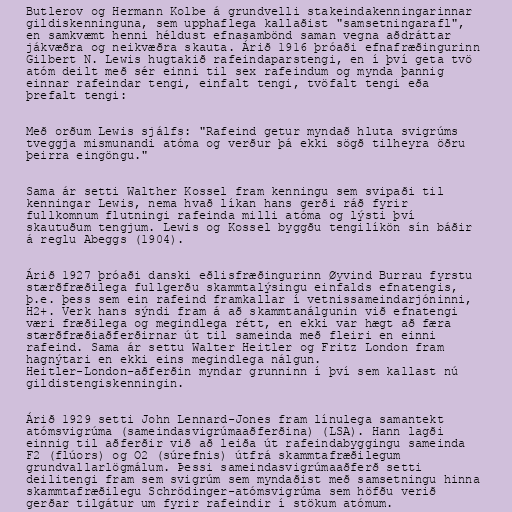
Butlerov og Hermann Kolbe á grundvelli stakeindakenningarinnar
gildiskenninguna, sem upphaflega kallaðist "samsetningarafl",
en samkvæmt henni héldust efnasambönd saman vegna aðdráttar
jákvæðra og neikvæðra skauta. Árið 1916 þróaði efnafræðingurinn
Gilbert N. Lewis hugtakið rafeindaparstengi, en í því geta tvö
atóm deilt með sér einni til sex rafeindum og mynda þannig
einnar rafeindar tengi, einfalt tengi, tvöfalt tengi eða
þrefalt tengi:

Með orðum Lewis sjálfs: "Rafeind getur myndað hluta svigrúms
tveggja mismunandi atóma og verður þá ekki sögð tilheyra öðru
þeirra eingöngu."

Sama ár setti Walther Kossel fram kenningu sem svipaði til
kenningar Lewis, nema hvað líkan hans gerði ráð fyrir
fullkomnum flutningi rafeinda milli atóma og lýsti því
skautuðum tengjum. Lewis og Kossel byggðu tengilíkön sín báðir
á reglu Abeggs (1904).

Árið 1927 þróaði danski eðlisfræðingurinn Øyvind Burrau fyrstu
stærðfræðilega fullgerðu skammtalýsingu einfalds efnatengis,
þ.e. þess sem ein rafeind framkallar í vetnissameindarjóninni,
H2+. Verk hans sýndi fram á að skammtanálgunin við efnatengi
væri fræðilega og megindlega rétt, en ekki var hægt að færa
stærðfræðiaðferðirnar út til sameinda með fleiri en einni
rafeind. Sama ár settu Walter Heitler og Fritz London fram
hagnýtari en ekki eins megindlega nálgun.
Heitler-London-aðferðin myndar grunninn í því sem kallast nú
gildistengiskenningin.

Árið 1929 setti John Lennard-Jones fram línulega samantekt
atómsvigrúma (sameindasvigrúmaaðferðina) (LSA). Hann lagði
einnig til aðferðir við að leiða út rafeindabyggingu sameinda
F2 (flúors) og O2 (súrefnis) útfrá skammtafræðilegum
grundvallarlögmálum. Þessi sameindasvigrúmaaðferð setti
deilitengi fram sem svigrúm sem myndaðist með samsetningu hinna
skammtafræðilegu Schrödinger-atómsvigrúma sem höfðu verið
gerðar tilgátur um fyrir rafeindir í stökum atómum.